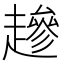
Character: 䟃